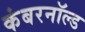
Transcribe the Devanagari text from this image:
कंबरनॉल्ड